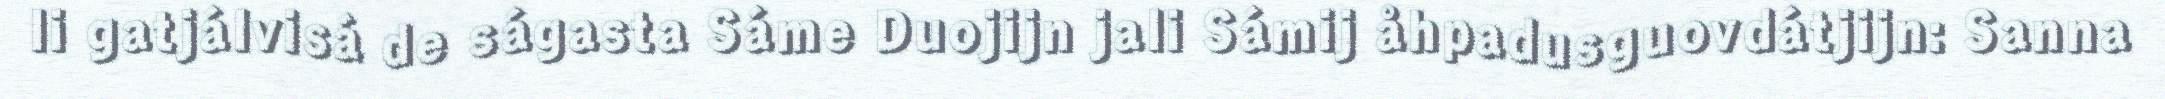
li gatjálvisá de ságasta Sáme Duojijn jali Sámij åhpadusguovdátjijn: Sanna